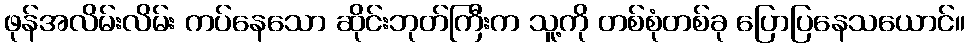
ဖုန်အလိမ်းလိမ်း ကပ်နေသော ဆိုင်းဘုတ်ကြီးက သူ့ကို တစ်စုံတစ်ခု ပြောပြနေသယောင်။